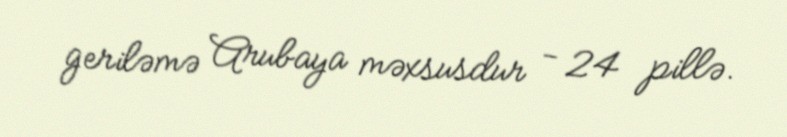
geriləmə Arubaya məxsusdur - 24 pillə.